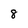
Character: 8